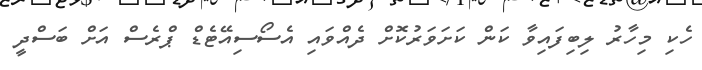
ހެކި މިހާރު ލިބިފައިވާ ކަން ކަށަވަރުކޮށް ދެއްވައި އެސޯސިއޭޓެޑް ޕްރެސް އަށް ބަސްދީ